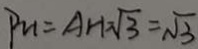
P _ { u } = A H \sqrt { 3 } = \sqrt { 3 }